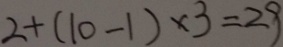
2 + ( 1 0 - 1 ) \times 3 = 2 9